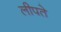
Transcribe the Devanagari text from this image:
लीपते